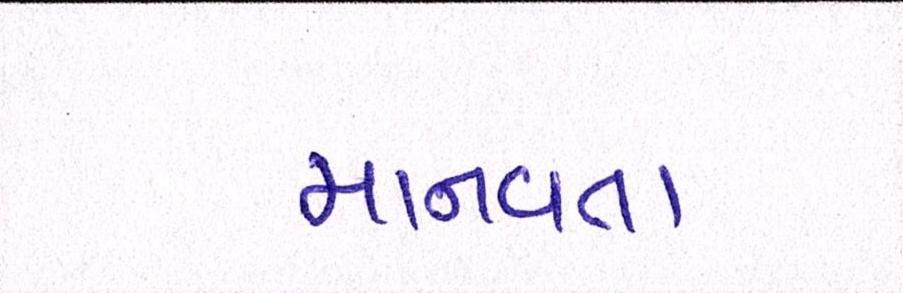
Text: માનવતા